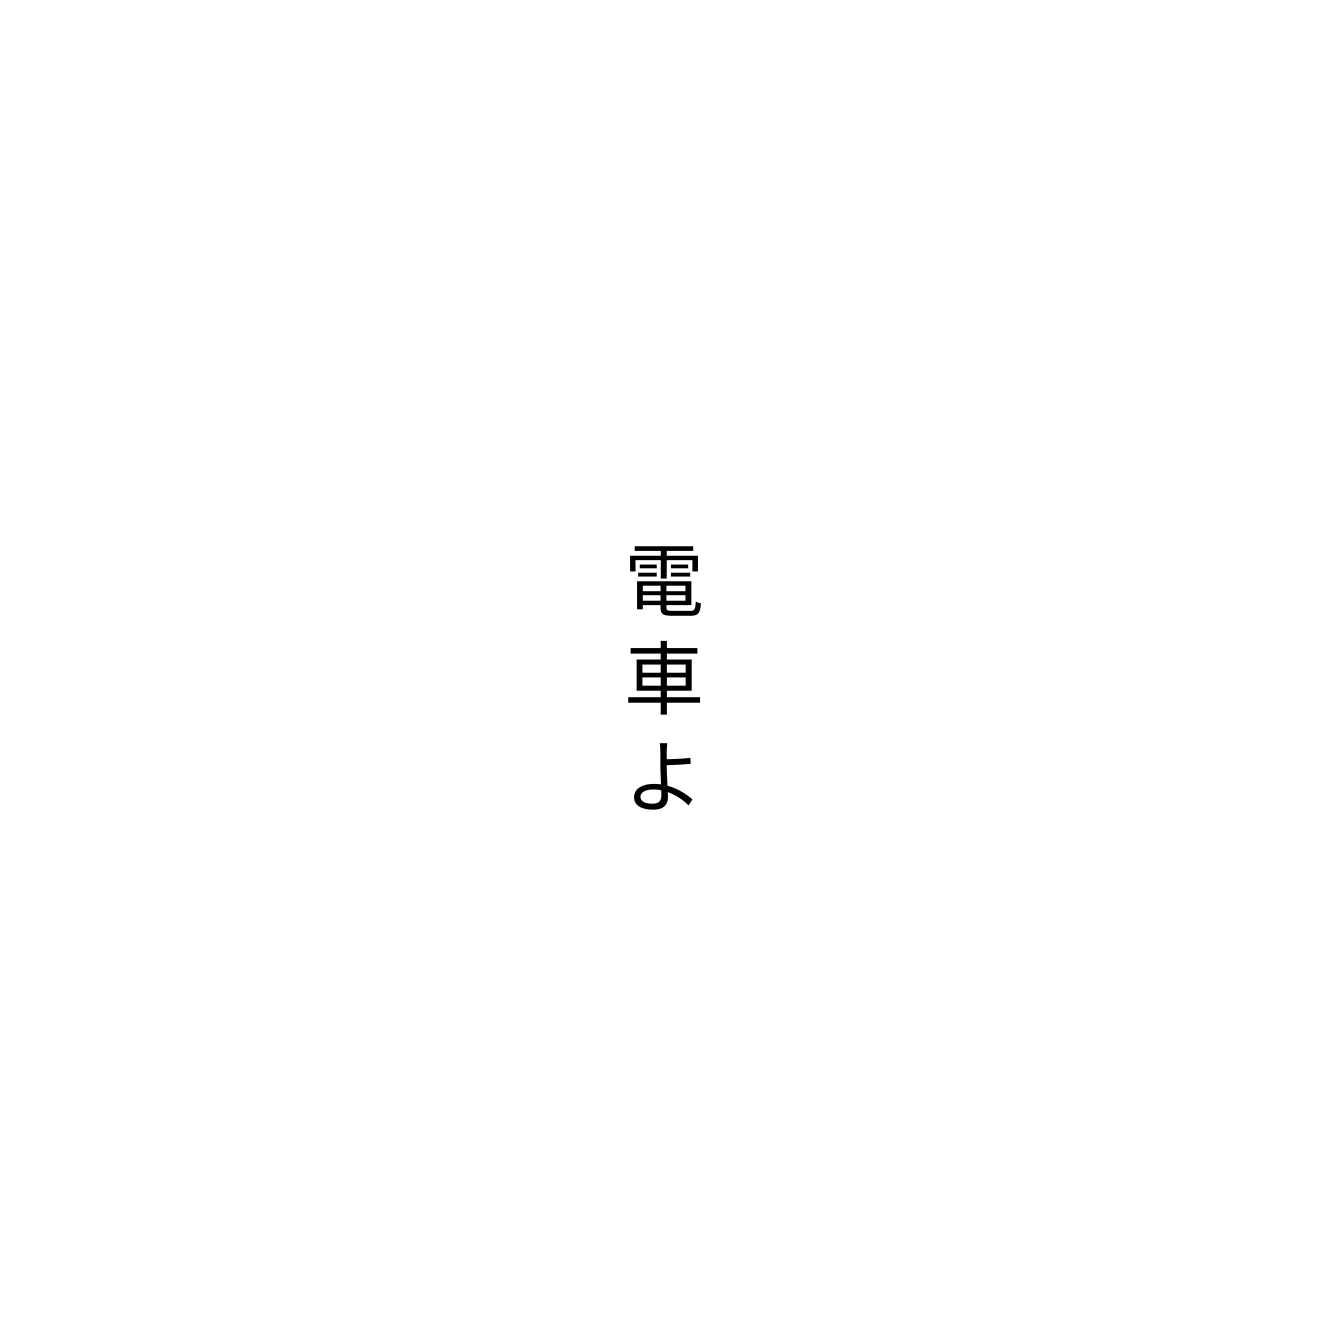
電車よ